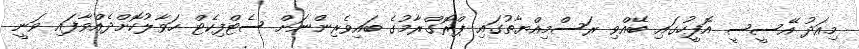
މިއަދު އޭސީސީ އޮފީހުގައި ބޭއްވި ރަސްމިއްޔާތުގައި ޕްރޮގްރާމުގެ ބައިވެރިންނަށް ސެޓްފިކެޓް ހަވާލުކޮށްދެއްވާފައި ވަނީ